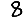
Digit: 8